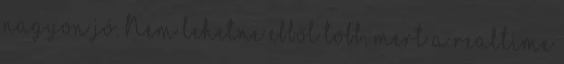
nagyon jó. Nem lehetne ebből több, mert a realtime